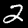
Label: 2